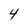
Character: 4